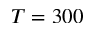
T = 3 0 0